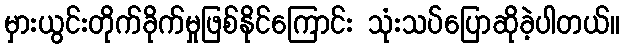
မှားယွင်းတိုက်ခိုက်မှုဖြစ်နိုင်ကြောင်း သုံးသပ်ပြောဆိုခဲ့ပါတယ်။